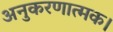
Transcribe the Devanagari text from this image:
अनुकरणात्मक।